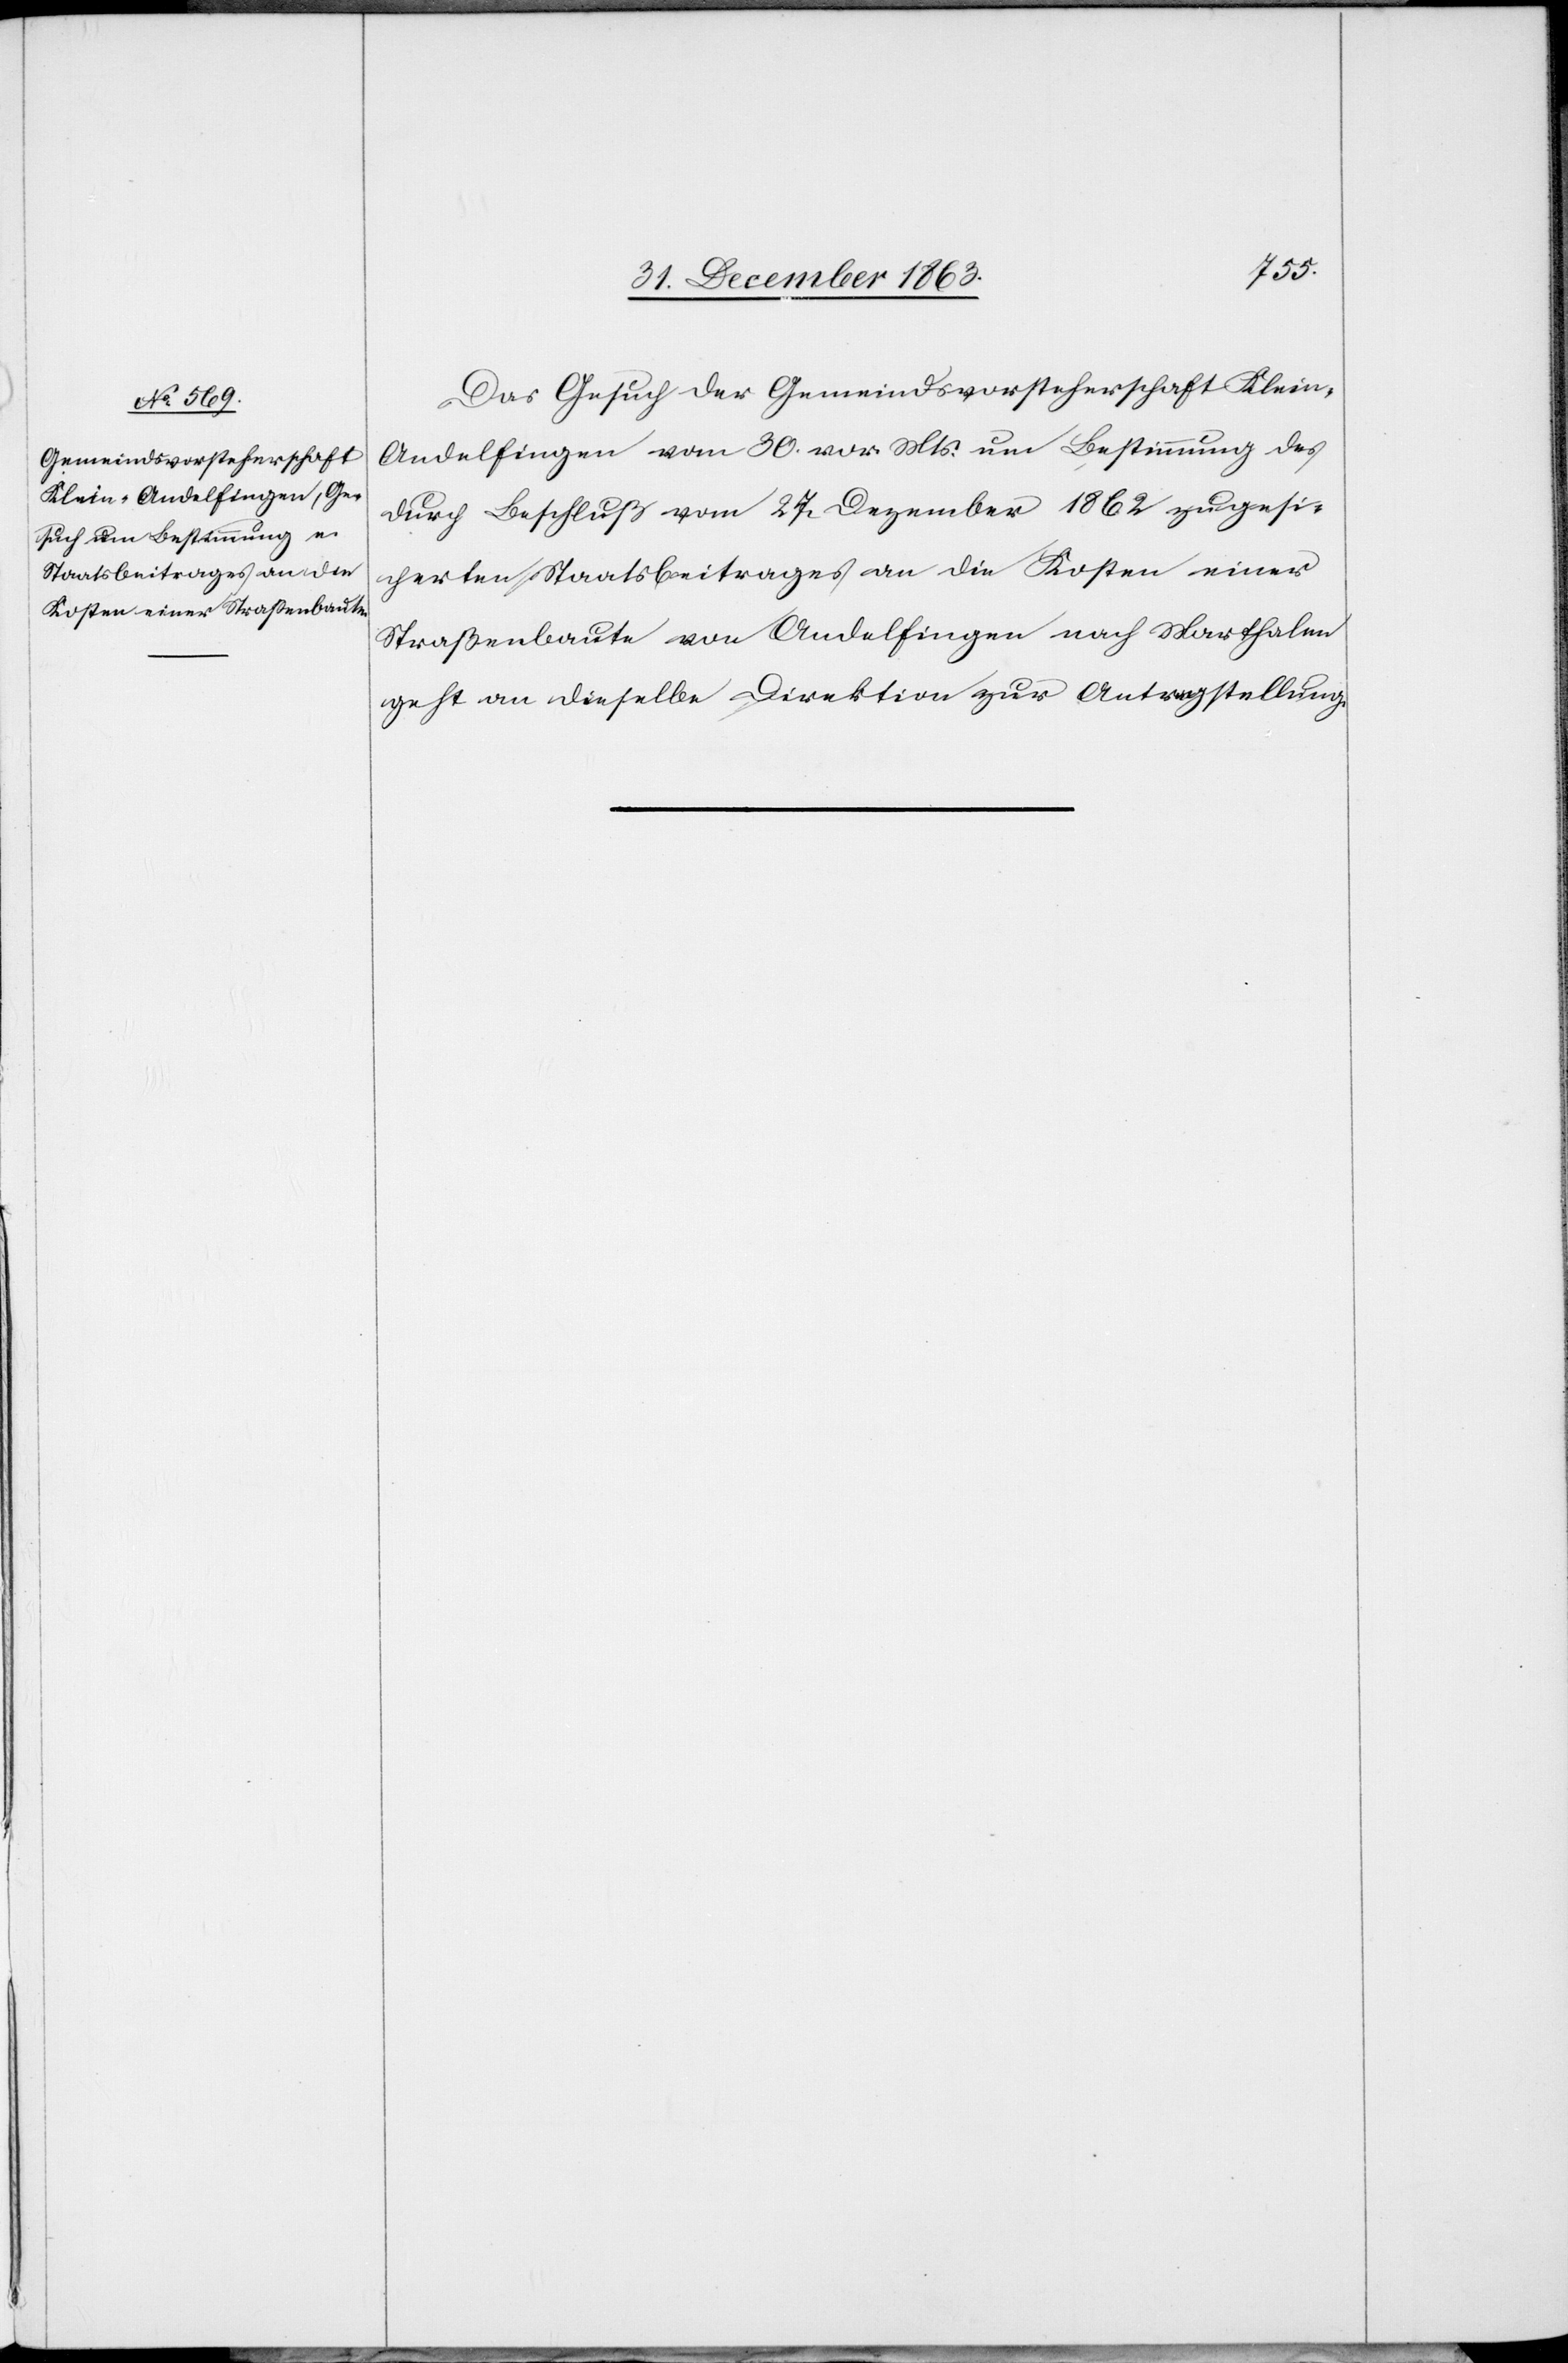
8. Januar 1864.]
Das Gesuch der Gemeindsvorsteherschaft Klein-A¬
ndelfingen vom 30. vor. Mts. um Bestimmung des
durch Beschluß vom 27. Dezember 1862 zugesi¬
cherten Staatsbeitrages an die Kosten einer
Straßenbaute von Andelfingen nach Marthalen
geht an dieselbe Direktion zur Antragstellung.